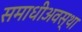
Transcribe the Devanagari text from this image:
समाधीअवस्था